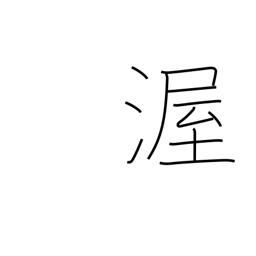
Meaning: kindness